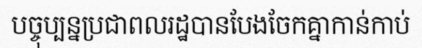
បច្ចុប្បន្នប្រជាពលរដ្ឋបានបែងចែកគ្នាកាន់កាប់